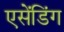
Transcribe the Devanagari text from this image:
एसेंडिंग